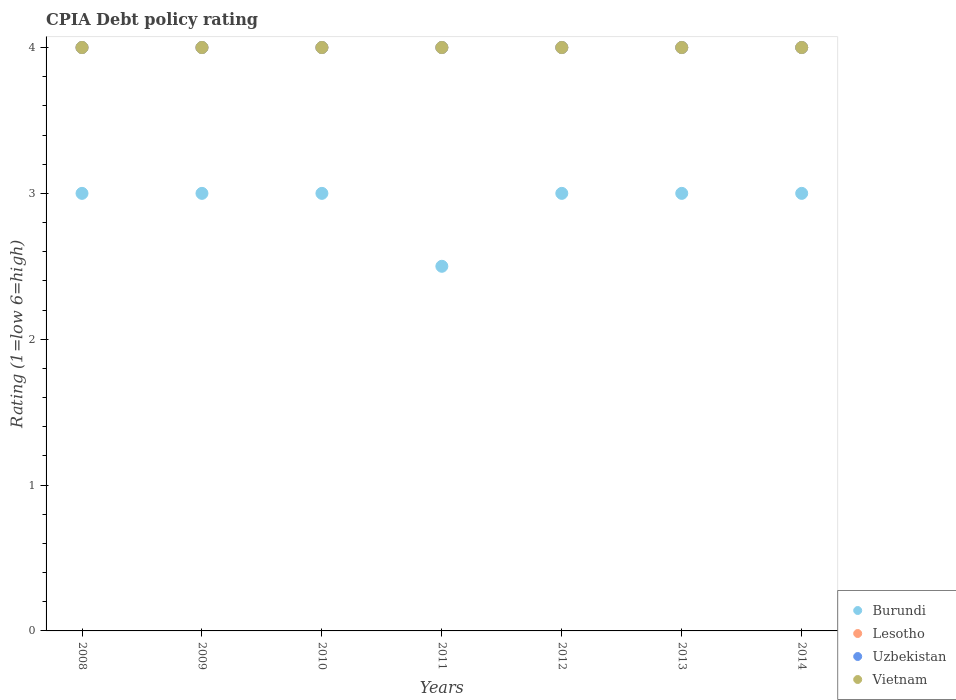
| Years | Burundi | Lesotho | Uzbekistan | Vietnam |
 | --- | --- | --- | --- | --- |
 | 2008 | 3 | 4 | 4 | 4 |
 | 2009 | 3 | 4 | 4 | 4 |
 | 2010 | 3 | 4 | 4 | 4 |
 | 2011 | 2.5 | 4 | 4 | 4 |
 | 2012 | 3 | 4 | 4 | 4 |
 | 2013 | 3 | 4 | 4 | 4 |
 | 2014 | 3 | 4 | 4 | 4 |